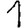
Digit: 1